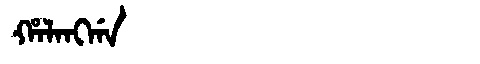
Manchu: ᡥᠠᠯᠠᠩᡤᠠ
Romanization: HALANGGA